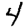
Digit: 4